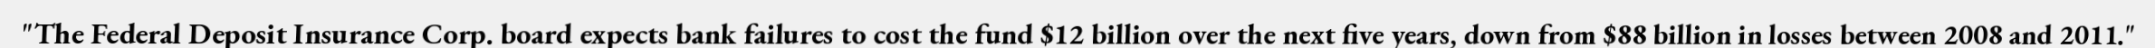
"The Federal Deposit Insurance Corp. board expects bank failures to cost the fund $12 billion over the next five years, down from $88 billion in losses between 2008 and 2011."